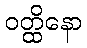
ဝတ္ထိနော